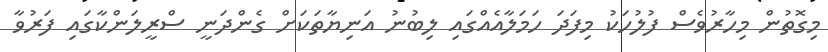
މިގޮތުން މިހާރުވެސް ފުލުހަކު މިފަދަ ހަމަލާއެއްގައި ލިބުނު އަނިޔާތަކަށް ގެންދަނީ ސްރީލަންކާގައި ފަރުވާ